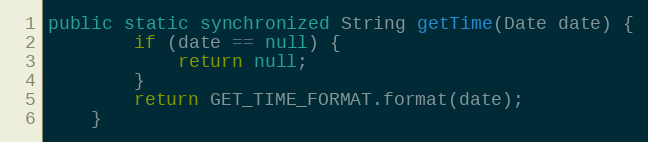
Language: Java
public static synchronized String getTime(Date date) {
		if (date == null) {
			return null;
		}
		return GET_TIME_FORMAT.format(date);
	}